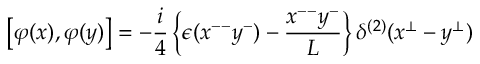
\left[ \varphi ( x ) , \varphi ( y ) \right] = - { \frac { i } { 4 } } \left\{ \epsilon ( x ^ { -- } y ^ { - } ) - { \frac { x ^ { -- } y ^ { - } } { L } } \right\} \delta ^ { ( 2 ) } ( x ^ { \bot } - y ^ { \bot } ) \quad